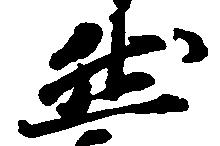
然